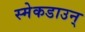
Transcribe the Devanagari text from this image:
स्मेकडाउन्